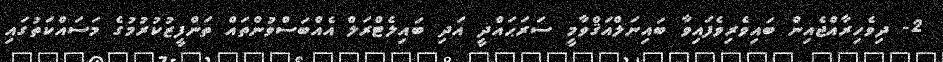
2- ދިވެހިރާއްޖެއިން ބައިވެރިވެފައިވާ ބައިނަލްއަޤްވާމީ ސަރަޙައްދީ އަދި ބައިލެޓްރަލް އެއްބަސްވުންތައް ތަންފީޒުކުރުމުގެ މަސައްކަތުގައި